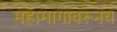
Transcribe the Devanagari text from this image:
महामागावरूनच